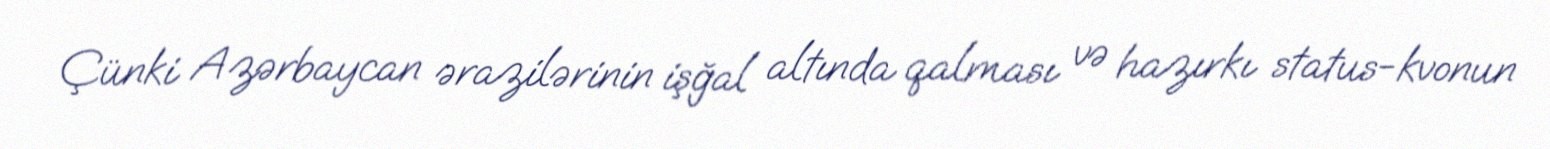
Çünki Azərbaycan ərazilərinin işğal altında qalması və hazırkı status-kvonun